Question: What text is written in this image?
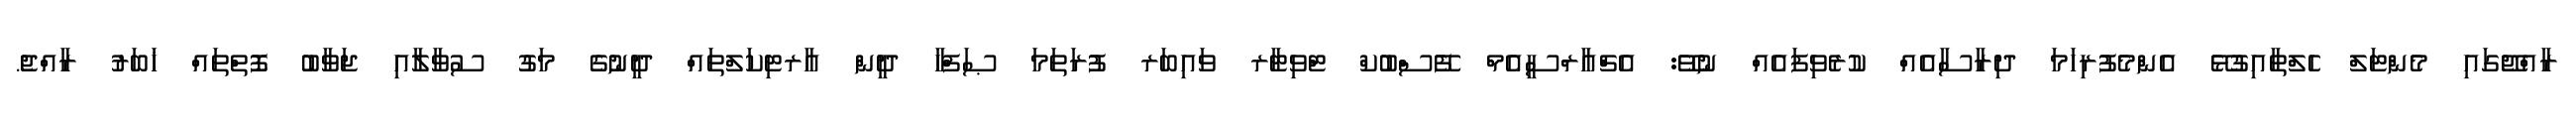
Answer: ރާއްޖޭގައި މެންޓަލް ހެލްތާއިގުޅޭ އެންމެފުރިހަމަ ދިރާސާއެއް ކުރެވިފައެއް ނުވޭ: އެޗްއާރްސީއެމް ފޭސްބުކް ޓްވިޓާރ ވައިބަރ ފުރަތަމަ ޞަފްހާ ދީން އާރޓިކަލްތައް ދީނުގެ މަގު ސުވާލާއި ޖަވާބު ފޮތްތައް ޚަބަރު ރާއްޖެ.